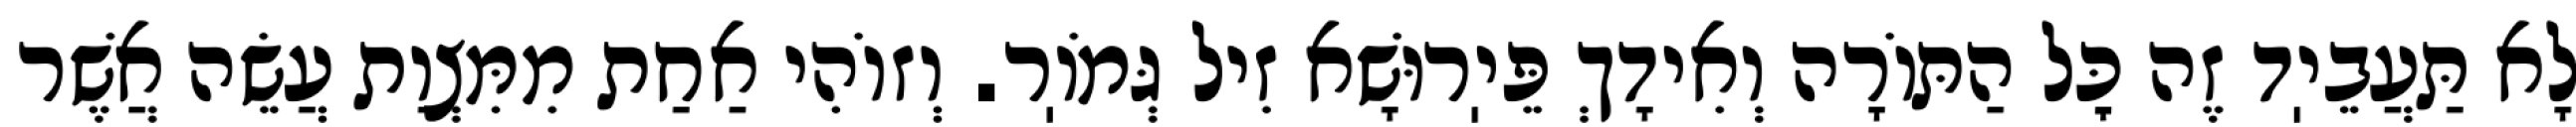
לָא תַּעֲבֵיֽד זֶה כׇּל הַתּוֹרָה וְאִידָךְ פֵּיֽרוּשָׁא זִיל גְּמֹוֽר. וְזוֹהִי אַחַת מִמִּצְוַת עֲשֵׂה אֲשֶׁר